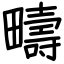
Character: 疇